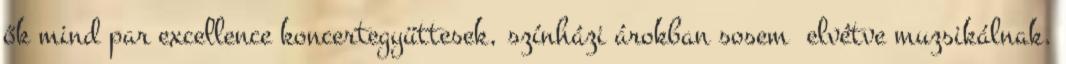
ők mind par excellence koncertegyüttesek, színházi árokban sosem elvétve muzsikálnak.